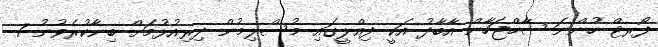
ފޯރޓް ހުންނަ ޝާހްޖަހާން އާބާދު އަކީ ދިއްލީގައި މުސްލިމުން ދިރިއުޅުމަށް ބިނާކުރެވުނު 7